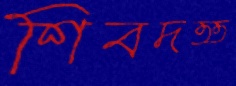
শিবদত্ত